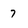
Character: 7